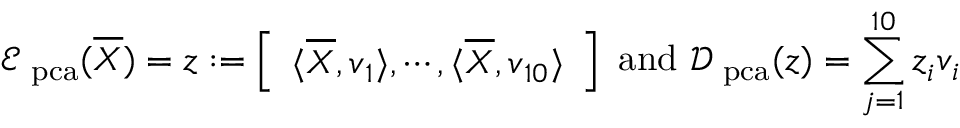
\mathcal E _ { \mathrm { \scriptsize ~ p c a } } ( \overline { { \boldsymbol X } } ) = \boldsymbol z : = \left[ \begin{array} { l } { \langle \overline { { \boldsymbol X } } , \boldsymbol v _ { 1 } \rangle , \cdots , \langle \overline { { \boldsymbol X } } , \boldsymbol v _ { 1 0 } \rangle } \end{array} \right] \mathrm { ~ a n d ~ } \mathcal D _ { \mathrm { \scriptsize ~ p c a } } ( \boldsymbol z ) = \sum _ { j = 1 } ^ { 1 0 } \boldsymbol z _ { i } \boldsymbol v _ { i }